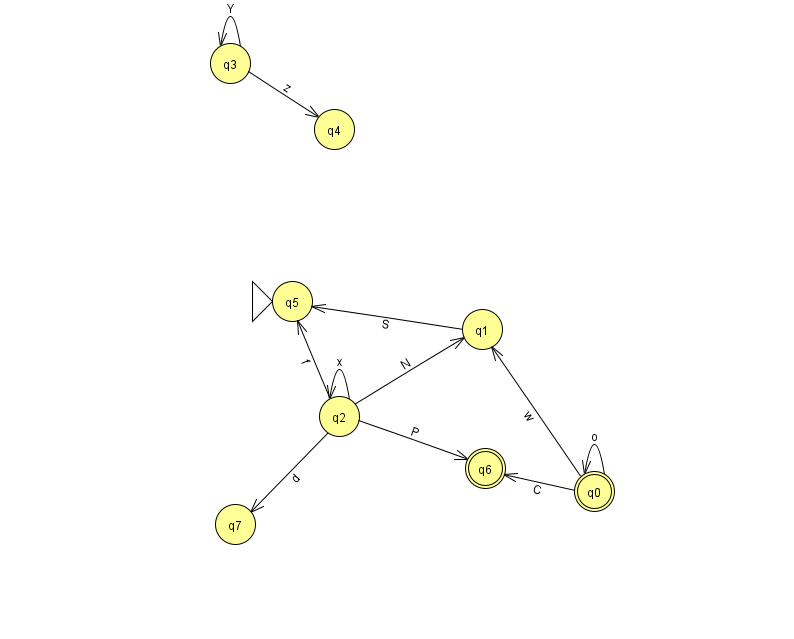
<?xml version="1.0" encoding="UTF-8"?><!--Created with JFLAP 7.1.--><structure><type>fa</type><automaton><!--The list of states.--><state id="0" name="q0"><x>594.0</x><y>478.0</y><final/></state><state id="1" name="q1"><x>482.0</x><y>316.0</y></state><state id="2" name="q2"><x>339.0</x><y>403.0</y></state><state id="3" name="q3"><x>230.0</x><y>50.0</y></state><state id="4" name="q4"><x>334.0</x><y>116.0</y></state><state id="5" name="q5"><x>292.0</x><y>288.0</y><initial/></state><state id="6" name="q6"><x>485.0</x><y>455.0</y><final/></state><state id="7" name="q7"><x>235.0</x><y>511.0</y></state><!--The list of transitions.--><transition><from>2</from><to>6</to><read>P</read></transition><transition><from>0</from><to>1</to><read>w</read></transition><transition><from>0</from><to>6</to><read>C</read></transition><transition><from>2</from><to>2</to><read>x</read></transition><transition><from>3</from><to>4</to><read>z</read></transition><transition><from>2</from><to>1</to><read>N</read></transition><transition><from>3</from><to>3</to><read>Y</read></transition><transition><from>2</from><to>5</to><read>f</read></transition><transition><from>2</from><to>7</to><read>d</read></transition><transition><from>1</from><to>5</to><read>S</read></transition><transition><from>0</from><to>0</to><read>o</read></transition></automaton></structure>